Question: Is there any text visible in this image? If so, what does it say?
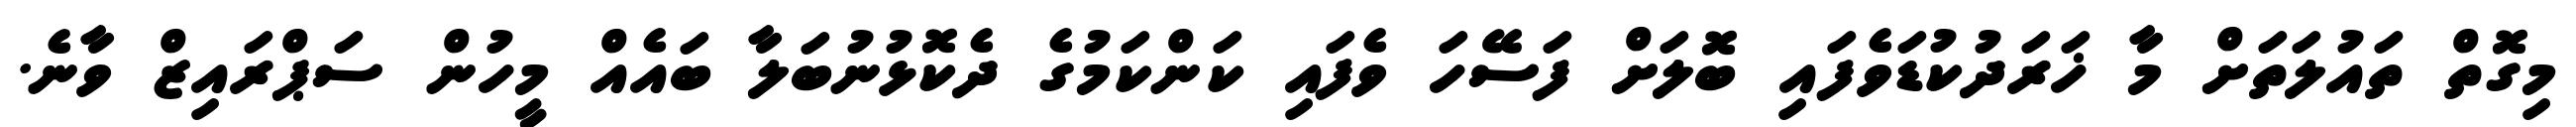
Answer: މިގޮތް ތައުލަތަށް މާ ޚަރަދުކުޑަވެފައި ބޮލަށް ފަސޭހަ ވެފައި ކަންކަމުގެ ދެކޮޅުނުބަލާ ބައެއް މީހުން ސަޕްރައިޒް ވާނެ.